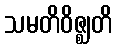
သမတိဝိဇ္ဈတိ